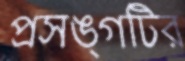
প্রসঙ্গটির